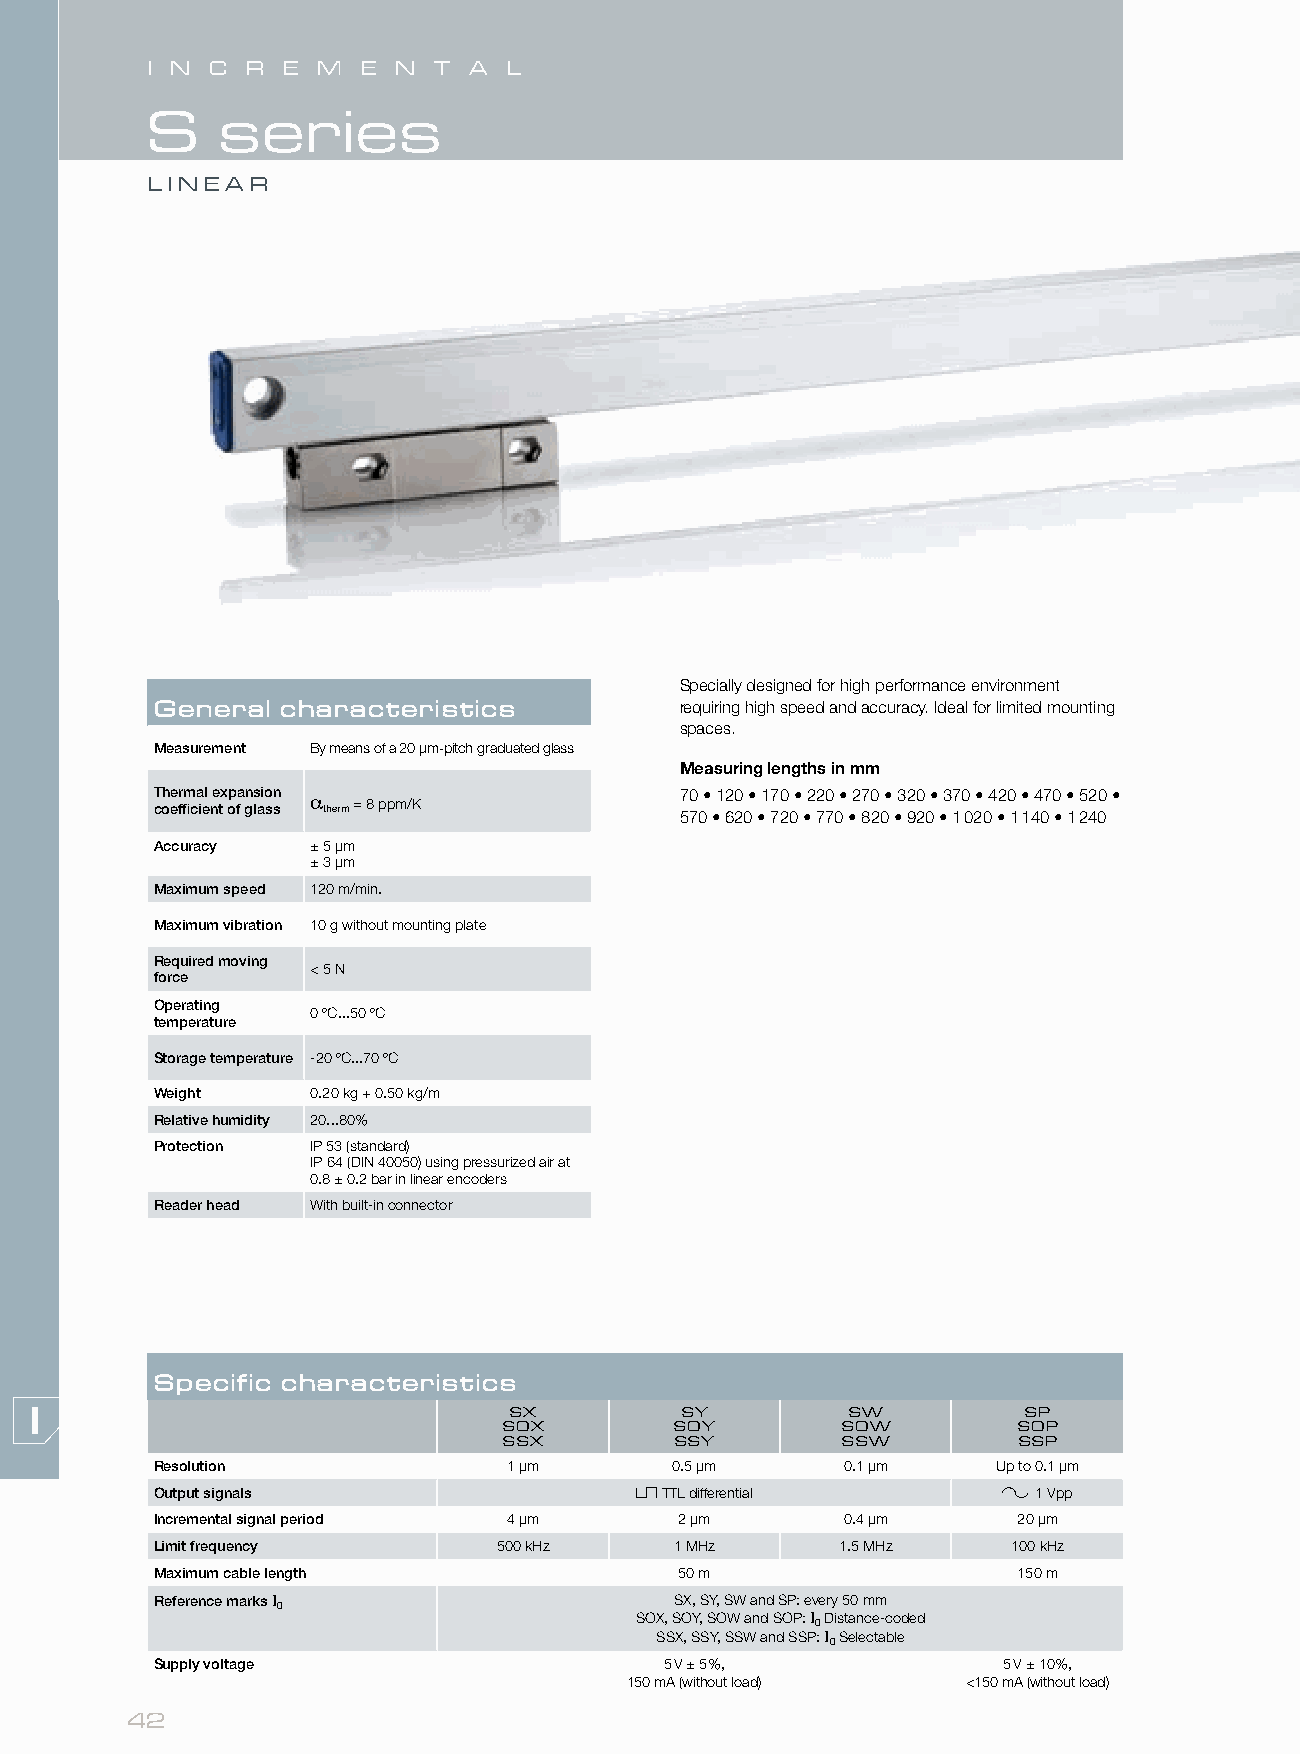
I N C R  E M  E N  T A  L
 S    series
 LINEAR
 Specially designed for high performance environment
 General  characteristics           requiring high speed and accuracy. Ideal for limited mounting
 spaces.
 Measurement By means of a 20 µm-pitch graduated glass
 Measuring lengths in mm
 T coh ee fr fim ca iel ne tx op fa n gs laio ssn α
 therm
 = 8 ppm/K             7 50
 7
 0• •1 2 60
 2
 0• •1 7 70
 2
 0• •2 2 70
 7
 0• •2 7 80
 2
 0• •3 2 90
 2
 0• •3 17 0
 0
 2•
 0
 4 •2 0
 1
 •
 1
 44 07 0
 •
 •
 1
 25 42 00 •
 Accuracy   ± 5 μm
 ± 3 μm
 Maximum speed 120 m/min.
 Maximum vibration 10 g without mounting plate
 Required moving
 < 5 N
 force
 Operating
 0 ºC...50 ºC
 temperature
 Storage temperature -20 ºC...70 ºC
 Weight     0.20 kg + 0.50 kg/m
 Relative humidity 20...80%
 Protection IP 53 (standard)
 IP 64 (DIN 40050) using pressurized air at
 0.8 ± 0.2 bar in linear encoders
 Reader head With built-in connector
 Specific characteristics
 SX         SY         SW          SP
 SOX         SOY        SOW        SOP
 SSX         SSY        SSW        SSP
 Resolution              1 µm      0.5 µm      0.1 µm    Up to 0.1 µm
 Output signals                    TTL differential        1 Vpp
 Incremental signal period 4 µm     2 µm       0.4 µm     20 µm
 Limit frequency        500 kHz     1 MHz      1.5 MHz    100 kHz
 Maximum cable length               50 m                  150 m
 Reference marks I                  SX, SY, SW and SP: every 50 mm
 0
 SOX, SOY, SOW and SOP: I Distance-coded
 0
 SSX, SSY, SSW and SSP: I Selectable
 0
 Supply voltage                    5 V ± 5%,             5 V ± 10%,
 150 mA (without load)  <150 mA (without load)
 42